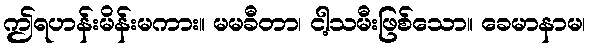
ဤရဟန်းမိန်းမကား။ မမခီတာ၊ ငါ့သမီးဖြစ်သော။ ခေမာနာမ၊